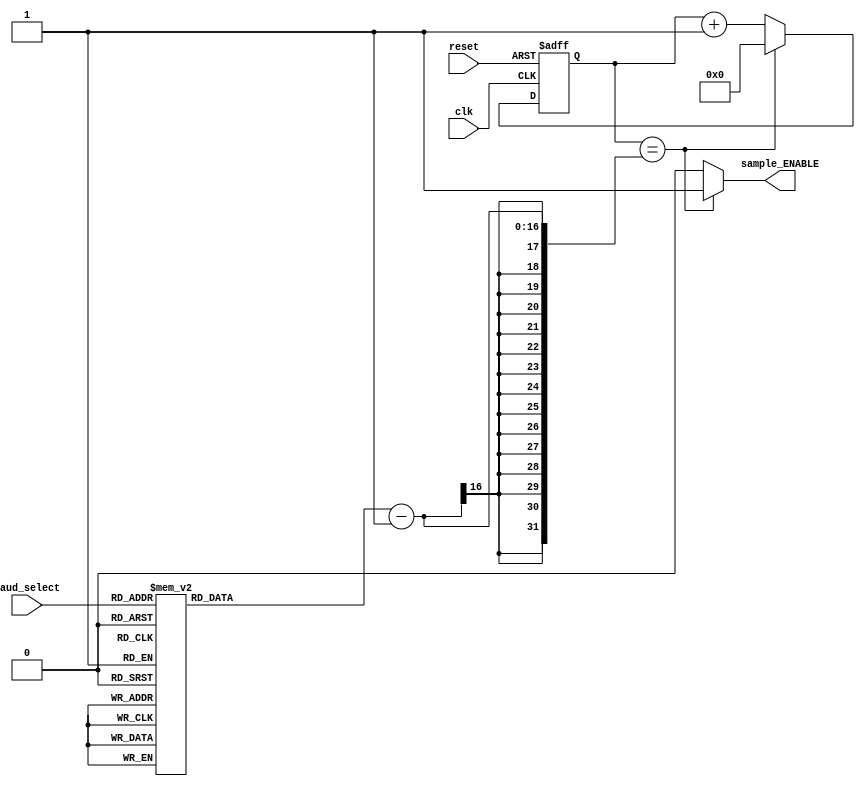
/* Axelou Olympia
 * oaxelou@uth.gr
 * 2161
 *
 * ce430
 * Project2: UART
 *
 * Part A: Baud Rate Controller
 *
 *
 * baud rate controller: Takes as input the selected baud rate code and gives as
 * output the sampling enable signal.
 *
 * input : reset, clk, baud_select
 * output: sample_ENABLE
 *
 * Implementation:
 *   -> 1 combinational always block which sets the max value of the counter
 *      (based on the input)
 *   -> 1 sequential always block which changes the value of the counter
 *   -> 1 combinational always block which calculates the next state
 *      (whether to enable the sample_ENABLE signal or not)
 */

module baud_controller(reset, clk, baud_select, sample_ENABLE);

input reset, clk;
input [2:0] baud_select;
output sample_ENABLE;
reg sample_ENABLE;
reg [15:0] counter;
reg [15:0] samp_period_counter;

always @(baud_select)
  case(baud_select)
    3'b000: samp_period_counter = 16'b0010_1000_1011_0001;
    3'b001: samp_period_counter = 16'b0000_1010_0010_1100;
    3'b010: samp_period_counter = 16'b0000_0010_1000_1011;
    3'b011: samp_period_counter = 16'b0000_0001_0100_0110;
    3'b100: samp_period_counter = 16'b0000_0000_1010_0011;
    3'b101: samp_period_counter = 16'b0000_0000_0101_0001;
    3'b110: samp_period_counter = 16'b0000_0000_0011_0110;
    3'b111: samp_period_counter = 16'b0000_0000_0001_1011;
    default: samp_period_counter = 16'bx_x;
  endcase

always @(posedge clk or posedge reset)
  if(reset)
    counter = 16'b0_0;
  else
    case(counter)
	   samp_period_counter - 1: counter = 16'b0;
	   default: counter = counter + 1;
	 endcase

always @(counter or samp_period_counter)
  case(counter)
    samp_period_counter - 1: sample_ENABLE = 1'b1;
	 default: sample_ENABLE = 1'b0;
  endcase

endmodule